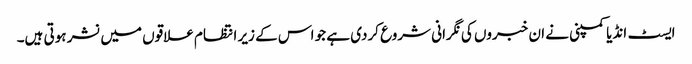
ایسٹ انڈیا کمپنی نے ان خبروں کی نگرانی شروع کردی ہے جو اس کے زیر انتظام علاقوں میں نشر ہوتی ہیں۔